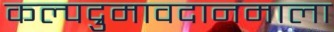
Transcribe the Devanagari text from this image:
कल्पद्रुमावदानमाला